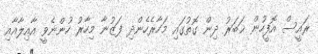
ރައީސް އޮފީހުން ޚަބަރު ދިން ގޮތުގައި މަހާރެހެންދި ފަޒުނާ މިހާރު ހުންނެވީ އާއިލާއާއި